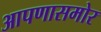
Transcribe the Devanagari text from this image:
आपणासमोर